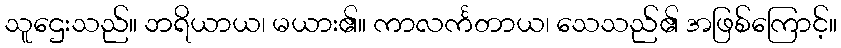
သူဌေးသည်။ ဘရိယာယ၊ မယား၏။ ကာလင်္ကတာယ၊ သေသည်၏ အဖြစ်ကြောင့်။